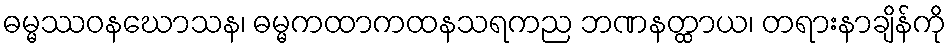
ဓမ္မဿဝနဃောသန၊ ဓမ္မကထာကထနသရကည ဘဏနတ္ထာယ၊ တရားနာချိန်ကို